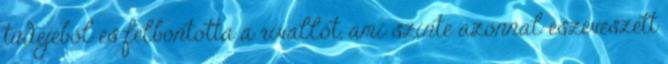
tüdejéből és felbontotta a rivallót, ami szinte azonnal eszeveszett